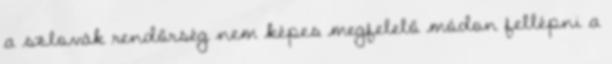
a szlovák rendőrség nem képes megfelelő módon fellépni a